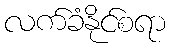
လက်ခံနိုင်စရာ